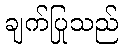
ချက်ပြုသည်